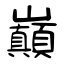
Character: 巓